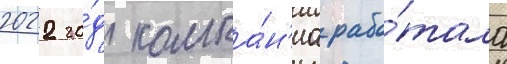
2022 го́д компа́н'иа рабо́тала